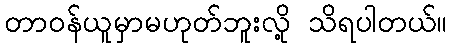
တာဝန်ယူမှာမဟုတ်ဘူးလို့ သိရပါတယ်။